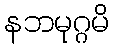
နဘမုဂ္ဂမိ